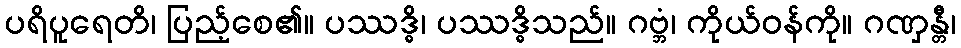
ပရိပူရေတိ၊ ပြည့်စေ၏။ ပဿဒ္ဓိ၊ ပဿဒ္ဓိသည်။ ဂဗ္ဘံ၊ ကိုယ်ဝန်ကို။ ဂဏှန္တီ၊